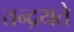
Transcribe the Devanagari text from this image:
तन्द्रयते